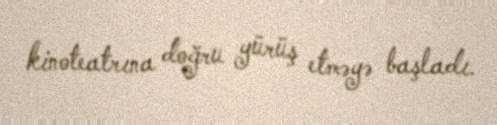
kinoteatrına doğru yürüş etməyə başladı.